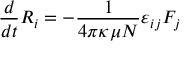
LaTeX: { \frac { d } { d t } } R _ { i } = - { \frac { 1 } { 4 \pi \kappa \mu N } } \varepsilon _ { i j } F _ { j }